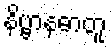
နိဗ္ဗာနဓာတူ